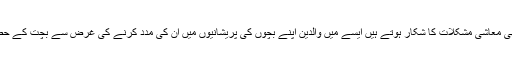
دکھ کی بات یہ ہے کہ جب ان کے لیے مالی طور پر مشکل وقت ہوتا ہے اس وقت ان کے والدین بھی معاشی مشکلات کا شکار ہوتے ہیں ایسے میں والدین اپنے بچوں کی پریشانیوں میں ان کی مدد کرنے کی غرض سے بچت کے حصوں میں سے رقم نکالتے ہیں اور وہ اپنے بچوں کی جدوجہد میں ان کے ساتھ اشتراک کر رہے ہیں۔